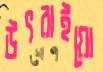
উৎরাইয়ো